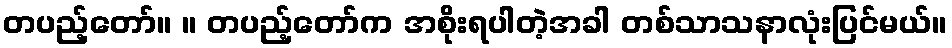
တပည့်တော်။ ။ တပည့်တော်က အစိုးရပါတဲ့အခါ တစ်သာသနာလုံးပြင်မယ်။